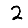
Digit: 2